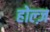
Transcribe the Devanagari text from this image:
होल्ज़